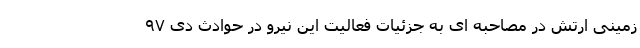
زمینی ارتش در مصاحبه ای به جزئیات فعالیت این نیرو در حوادث دی ۹۷